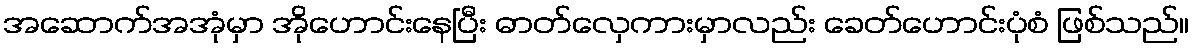
အဆောက်အအုံမှာ အိုဟောင်းနေပြီး ဓာတ်လှေကားမှာလည်း ခေတ်ဟောင်းပုံစံ ဖြစ်သည်။